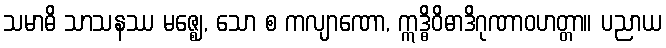
သမာဓိ သာသနဿ မဇ္ဈေ, သော စ ကလျာဏော, ဣဒ္ဓိဝိဓာဒိဂုဏာဝဟတ္တာ။ ပညာယ